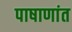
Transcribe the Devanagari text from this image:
पाषाणांत